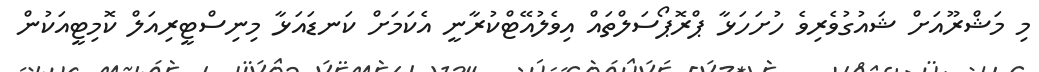
މި މަޝްރޫއަށް ޝައުގުވެރިވެ ހުށަހަޅާ ޕްރޮޕޯސަލްތައް އިވެލުއޭޓްކުރާނީ އެކަމަށް ކަނޑައަޅާ މިނިސްޓީރިއަލް ކޮމިޓީއަކުން